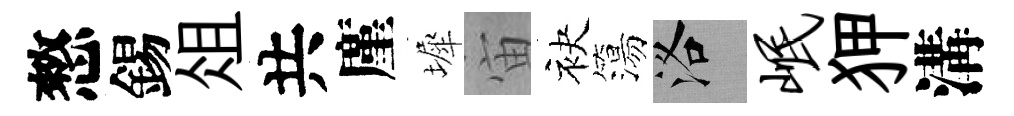
憗錫俎共廑墀宙袂簜洛岷狎溝